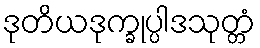
ဒုတိယဒုက္ခုပ္ပါဒသုတ္တံ